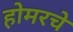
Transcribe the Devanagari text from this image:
होमरचे